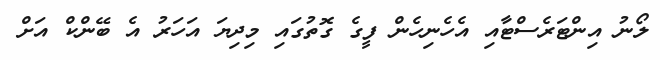
ލޯނު އިންޓަރެސްޓާއި އެހެނިހެން ފީގެ ގޮތުގައި މިދިޔަ އަހަރު އެ ބޭންކް އަށް